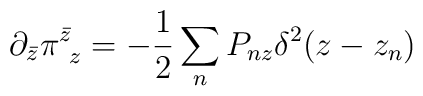
\partial_{\bar z}\pi^{\bar z}_{~z} =-\frac{1}{2}\sum_n P_{n z} \delta^2(z- z_n)